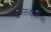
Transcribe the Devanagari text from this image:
वर्गलढ्याचा